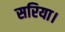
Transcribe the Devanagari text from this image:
सरिया।